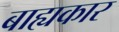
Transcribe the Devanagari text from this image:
बाह्यकार